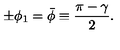
\pm \phi _ { 1 } = \bar { \phi } \equiv { \frac { \pi - \gamma } { 2 } } .